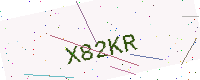
Text: X82KR